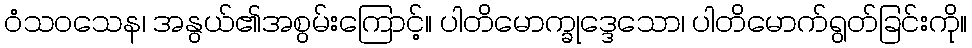
ဝံသဝသေန၊ အနွယ်၏အစွမ်းကြောင့်။ ပါတိမောက္ခုဒ္ဒေသော၊ ပါတိမောက်ရွတ်ခြင်းကို။